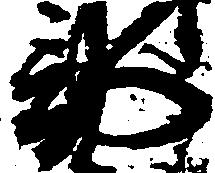
部